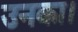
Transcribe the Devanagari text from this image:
उनका।